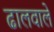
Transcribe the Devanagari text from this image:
ढालवाले